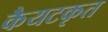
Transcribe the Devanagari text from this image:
कैयटकृत